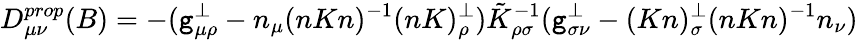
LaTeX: D_{\mu\nu}^{prop}(B)=-(\mathtt{g}_{\mu\rho}^{\perp}-n_{\mu}(nKn)^{-1}(nK)_{\rho}^{\perp})\tilde{{K}}_{\rho\sigma}^{-1}(\mathtt{g}_{\sigma\nu}^{\perp}-(Kn)_{\sigma}^{\perp}(nKn)^{-1}n_{\nu})